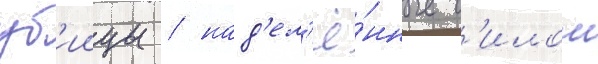
уб'иицы / над'ел'ё́нные с'илои